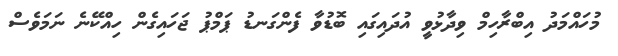
މުހައްމަދު އިބްރާހިމް ވިދާޅުވީ އުދައިގައި ބޮޑުވާ ފެންގަނޑު ޕަމްޕު ޖަހައިގެން ހިއްކޭނެ ނަމަވެސް